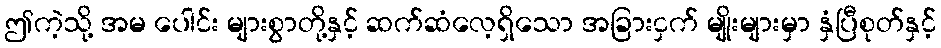
ဤကဲ့သို့ အမ ပေါင်း များစွာတို့နှင့် ဆက်ဆံလေ့ရှိသော အခြားငှက် မျိုးများမှာ နှံပြီစုတ်နှင့်